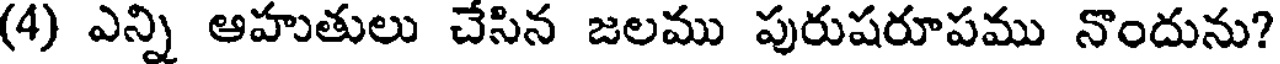
(4) ఎన్ని ఆహుతులు చేసిన జలము పురుషరూపము నొందును?